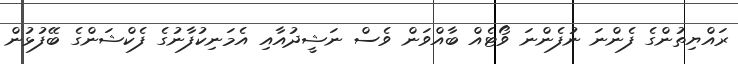
ރައްޔިތުންގެ ފެންނަ ނުފެންނަ ވޯޓެއް ބާއްވަން ވެސް ނަޝީދުއާއި އެމަނިކުފާނުގެ ފެކްޝަންގެ ބޭފުޅުން